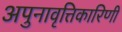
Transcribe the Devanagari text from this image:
अपुनावृत्तिकारिणी